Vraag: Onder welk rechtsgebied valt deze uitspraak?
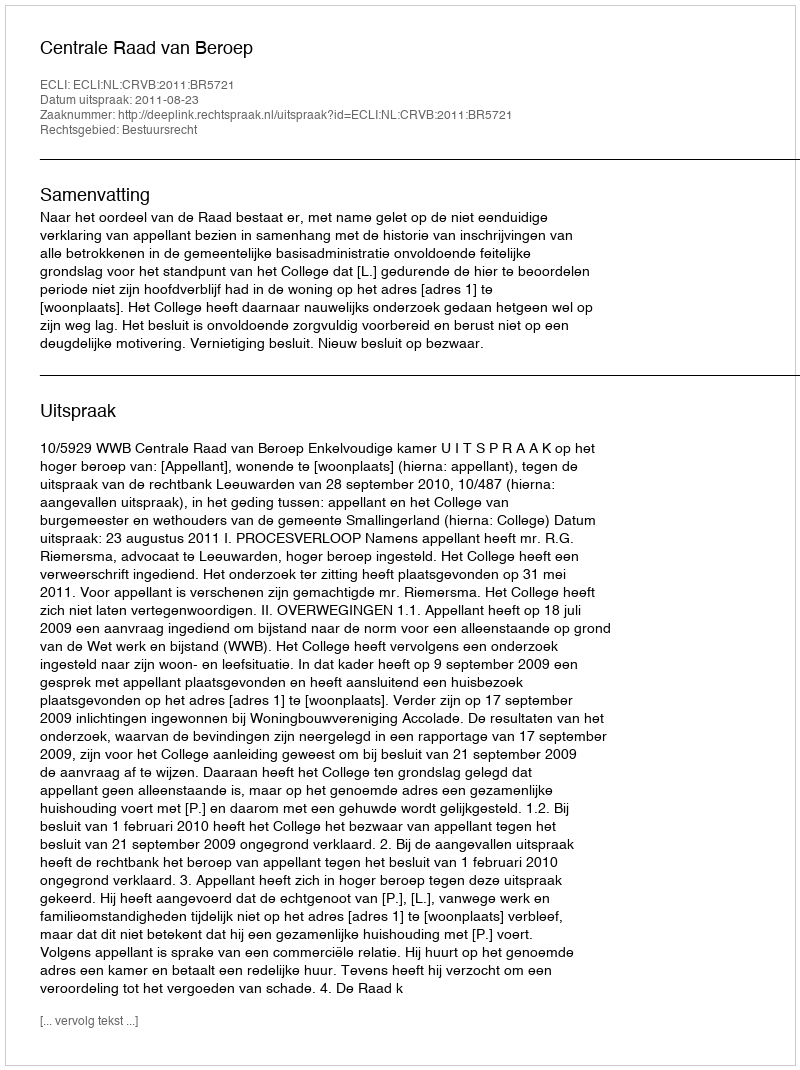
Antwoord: Bestuursrecht